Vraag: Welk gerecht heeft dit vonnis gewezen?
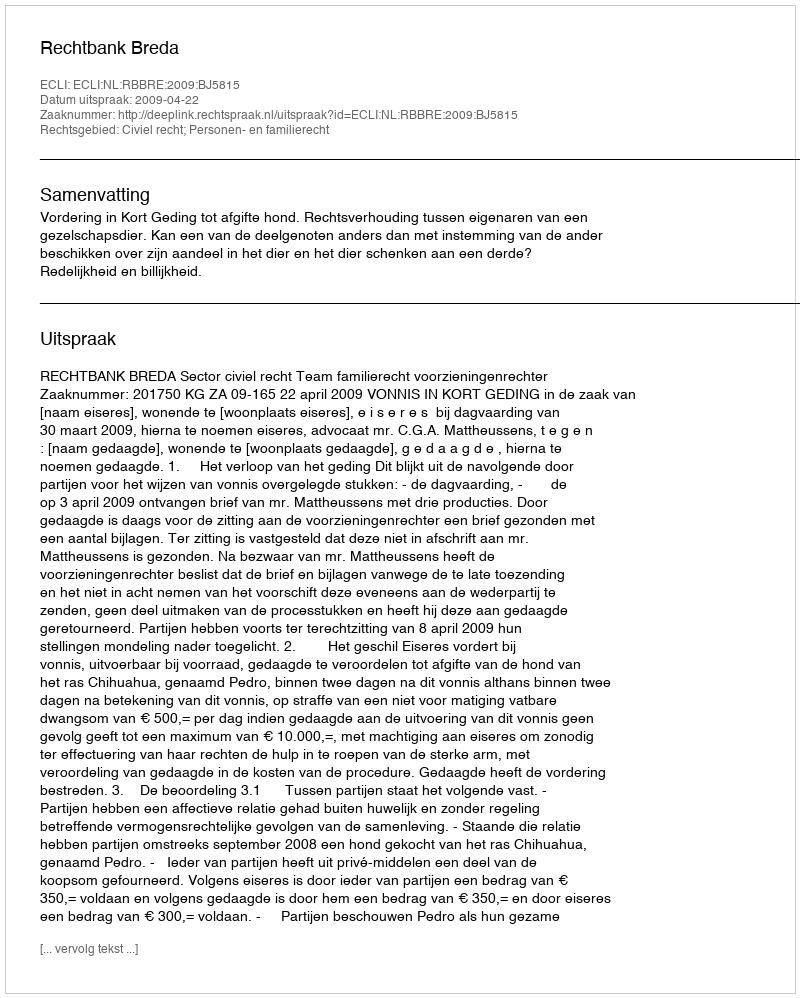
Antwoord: Rechtbank Breda